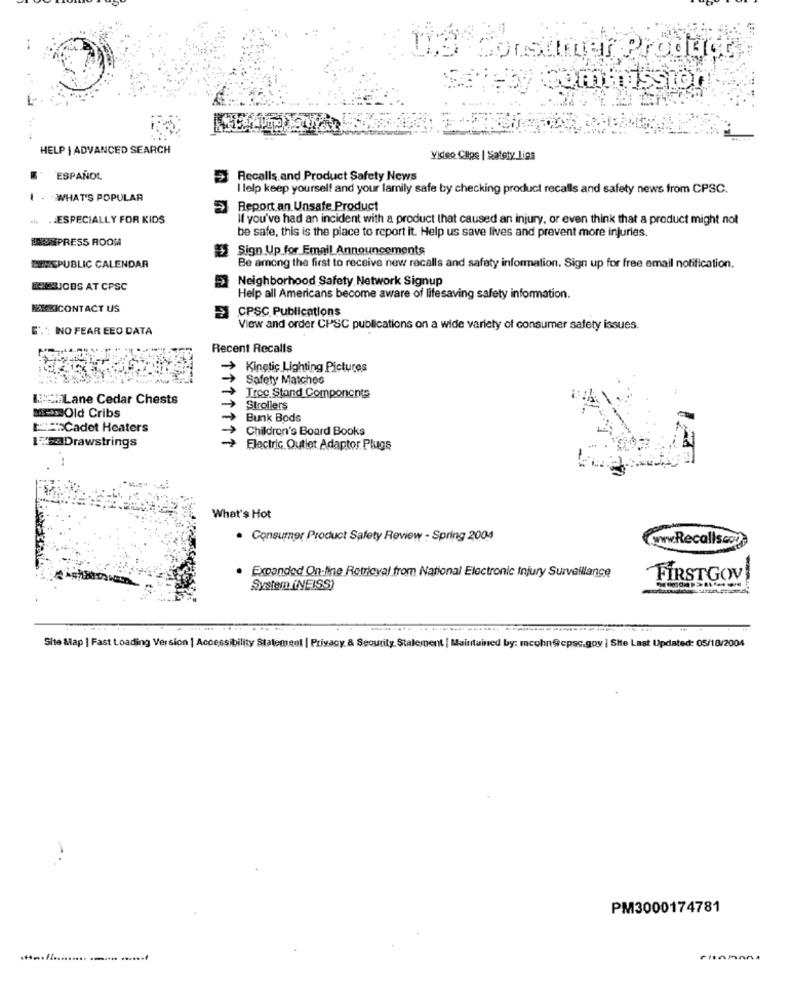
Consumer Product
commission
HELP | ADVANCED SEARCH
Video Clips | Satsty lins
ESPAÑOL
> Recalls and Product Safety News
I lelp keep yourself and your family safe by checking product recalls and safety news from CPSC.
WHAT'S POPULAR
Report an Unsafe Product
.. ESPECIALLY FOR KIDS
If you've had an incident with a product that caused an injury, or even think that a product might not
be safe, this is the place to report it. Help us save lives and prevent more injuries.
NOMPRESS ROOM
Sign Up for Email Announcements
EINEPUBLIC CALENDAR
Be among the first to receive new recalls and safety information. Sign up for free email notification.
Neighborhood Safety Network Signup
BOXERJOBS AT CPSC
Help all Americans become aware of lifesaving safety information.
MIKICONTACT US
CPSC Publications
E' .: NO FEAR EEO DATA
View and order CPSC publications on a wide variety of consumer safety issues.
Recent Recalls
Kinetic Lighting Pictures
Safety Matches
LES.Lane Cedar Chests
Trec Stand Components
8-23 Old Cribs
Strollers
Bunk Bods
Cadet Heaters
Children's Board Books
1. aDrawstrings
1111111
Electric Outlet Adaptor Plugs
What's Hot
. Consumer Product Safety Review - Spring 2004
www.Recallsco
Expanded On-line Retrieval from National Electronic Injury Surveillance
FIRSTGOV!
System (NEISS)
Site Map | Fast Loading Version | Accessibility Statement | Privacy & Security. Stalespent | Maintained by: mcohn@cpsc.goy | Site Last Updated: 05/18/2004
-.
PM3000174781